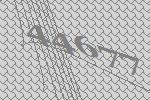
44677